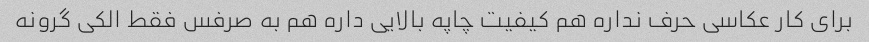
برای کار عکاسی حرف نداره هم کیفیت چاپه بالایی داره هم به صرفس فقط الکی گرونه